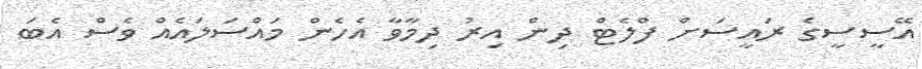
އޭސީސީގެ ރައީސަށް ފްލެޓް ދިން އިރު ދިމާވާ އެހެން މައްސަލައެއް ވެސް އެބަ